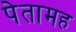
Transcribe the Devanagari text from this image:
पेतामह